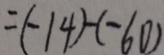
= ( - 1 4 ) - ( - 6 0 )